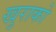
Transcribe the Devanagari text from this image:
खुराको